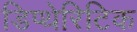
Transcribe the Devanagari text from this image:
डिप्थेरिटिक